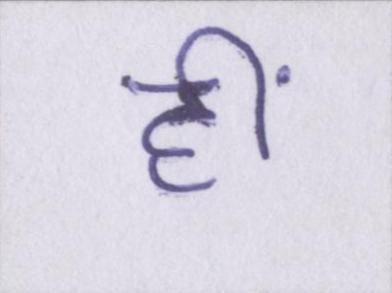
हीं